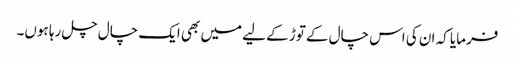
فرمایا کہ ان کی اس چال کے توڑ کے لیے میں بھی ایک چال چل رہا ہوں۔